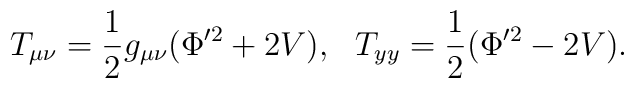
T_{\mu\nu} = {1\over 2} g_{\mu\nu} (\Phi'^2 + 2 V), \\ \ \ T_{yy} = {1\over 2} (\Phi'^2 - 2 V).